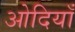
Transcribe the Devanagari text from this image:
ओदियाँ